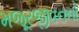
મજૂરજીવનનો